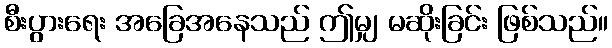
စီးပွားရေး အခြေအနေသည် ဤမျှ မဆိုးခြင်း ဖြစ်သည်။